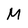
Character: M